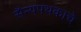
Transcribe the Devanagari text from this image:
सैन्यपथकाचे